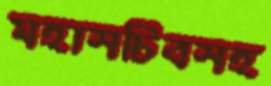
মহাসচিবসহ